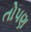
તોપણ